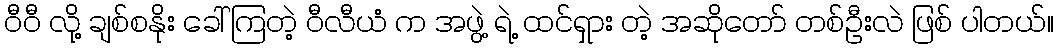
ဝီဝီ လို့ ချစ်စနိုး ခေါ်ကြတဲ့ ဝီလီယံ က အဖွဲ့ ရဲ့ ထင်ရှား တဲ့ အဆိုတော် တစ်ဦးလဲ ဖြစ် ပါတယ်။